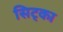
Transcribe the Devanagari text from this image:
सिट्का